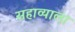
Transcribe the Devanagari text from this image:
सहाव्याला